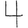
Digit: 4